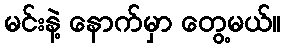
မင်းနဲ့ နောက်မှာ တွေ့မယ်။